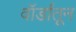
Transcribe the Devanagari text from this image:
वॉर्डांतून